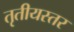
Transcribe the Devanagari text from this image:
तृतीयस्तर